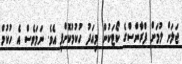
ޖަލަށް ލުމަށް ފްރާންސްގެ ކޯޓަކުން މިއަދު ހުކުމުކޮށްފި އެވެ. ނަމަވެސް އެ ހުކުމް